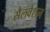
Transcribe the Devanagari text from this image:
सैलवेशन